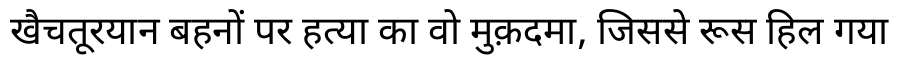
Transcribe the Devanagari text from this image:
खैचतूरयान बहनों पर हत्या का वो मुक़दमा, जिससे रूस हिल गया